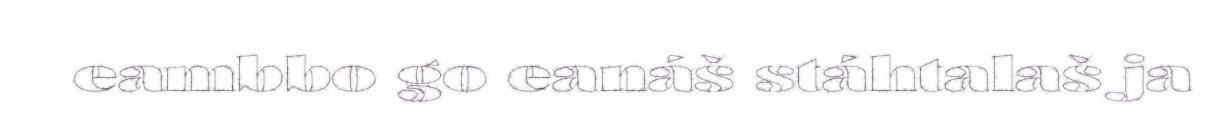
eambbo go eanáš stáhtalaš ja